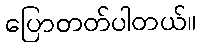
ပြောတတ်ပါတယ်။